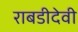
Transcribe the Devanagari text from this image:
राबडीदेवी